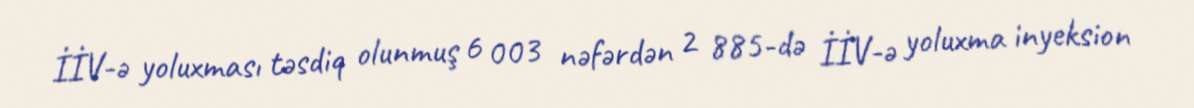
İİV-ə yoluxması təsdiq olunmuş 6 003 nəfərdən 2 885-də İİV-ə yoluxma inyeksion